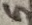
Text: 5